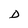
Character: D